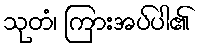
သုတံ၊ ကြားအပ်ပါ၏